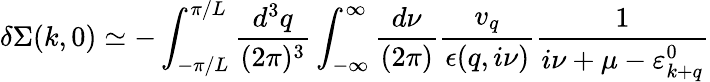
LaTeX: \delta\Sigma(k,0)\simeq-\int_{-\pi/L}^{\pi/L}\frac{d^{3}q}{(2\pi)^{3}}\int_{-\infty}^{\infty}\frac{d\nu}{(2\pi)}\frac{v_{q}}{\epsilon(q,i\nu)}\frac{1}{i\nu+\mu-\varepsilon_{k+q}^{0}}